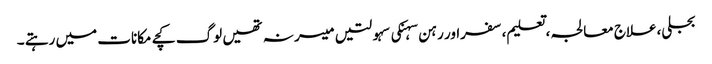
بجلی،علاج معالجہ ،تعلیم،سفراور رہن سہنکی سہولتیں میسر نہ تھیں لوگ کچے مکانات میں رہتے ۔